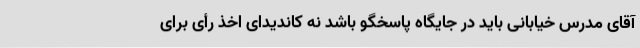
آقای مدرس خیابانی باید در جایگاه پاسخگو باشد نه کاندیدای اخذ رأی برای